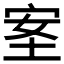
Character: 𡋅